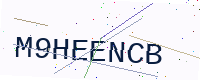
Text: M9HEENCB